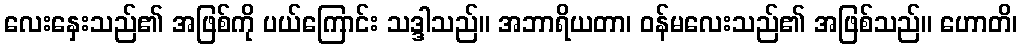
လေးနှေးသည်၏ အဖြစ်ကို ပယ်ကြောင်း သဒ္ဒါသည်။ အဘာရိယတာ၊ ဝန်မလေးသည်၏ အဖြစ်သည်။ ဟောတိ၊